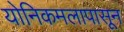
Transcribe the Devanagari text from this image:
योनिकमलापासून